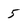
Character: 5